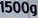
1500g